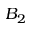
B _ { 2 }